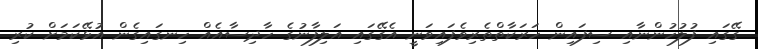
ގޭގައި ފުލުހުންނާއި ސިފައިން ހަރަކާތްތެރިވެފައިވަނީ އެގޭގައި އަލިފާނުގެ ހާދިސާއެއް ހިނގައިގެން އުޅޭކަމަށް ކުރި